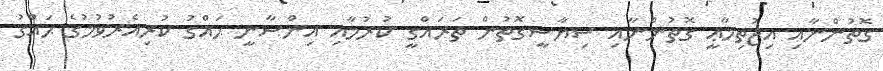
ގޮތުންނާއި އިޖުތިމާޢީ ގޮތުންނާއި ސިޔާސީގޮތުން ތަރައްގީ ކުރުމާއި އިންސާނީ ޙައްގު ކުރިއެރުވުމުގެ ޙައްގު